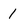
Character: 1